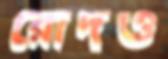
রোদও